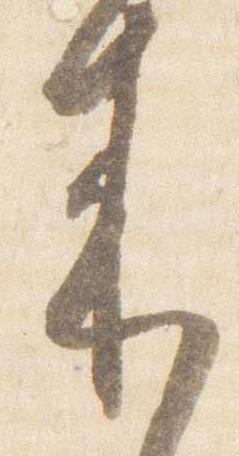
来